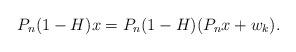
LaTeX: \begin{align*}P_n(1-H)x = P_n (1-H)(P_nx+w_k).\end{align*}